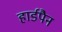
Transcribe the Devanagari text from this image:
हार्डपैन